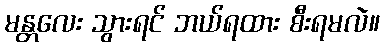
မန္တလေး သွားရင် ဘယ်ရထား စီးရမလဲ။